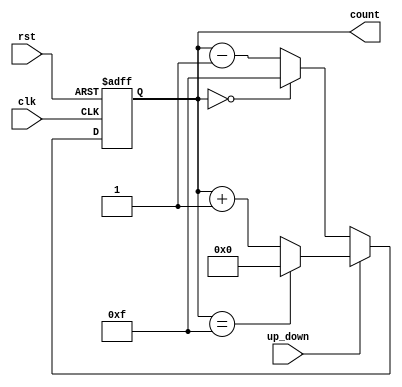
module up_down_counter (
    input wire clk,          // Clock input
    input wire rst,          // Reset input
    input wire up_down,      // Up/Down control input
    output reg [3:0] count   // 4-bit count output (modifiable for different widths)
);

    // Always block triggered on the rising edge of the clock or when reset is asserted
    always @(posedge clk or posedge rst) begin
        if (rst) begin
            count <= 4'b0000; // Reset the counter to 0 on reset
        end else begin
            if (up_down) begin
                // Count Up
                count <= count + 1'b1; // Increment the count
                if (count == 4'b1111) begin
                    count <= 4'b0000; // Wrap-around to 0
                end
            end else begin
                // Count Down
                count <= count - 1'b1; // Decrement the count
                if (count == 4'b0000) begin
                    count <= 4'b1111; // Wrap-around to max value
                end
            end
        end
    end

endmodule